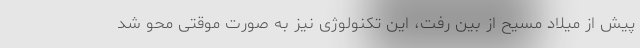
پیش از میلاد مسیح از بین رفت، این تکنولوژی نیز به صورت موقتی محو شد